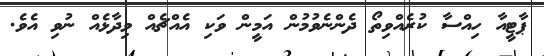
ޕާޓީއާ ހިއްސާ ކުރެއްވިތޯ ދެންނެވުމުން އަމީން ވަކި އެއްޗެއް ވިދާޅެއް ނުވި އެވެ.